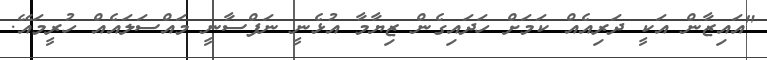
"އައިޒާން އަކީ ދަރިއެއް ކަމަށް ހަދައިގެން ޒިޔާމާ އުޅެނީ ނަފްސާނީ މައްސަލައެއް ހުރީމައޭ.